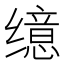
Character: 𫄷